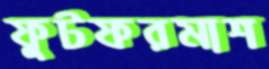
ফুটফরমাশ